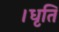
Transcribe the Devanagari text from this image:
।धृतिं